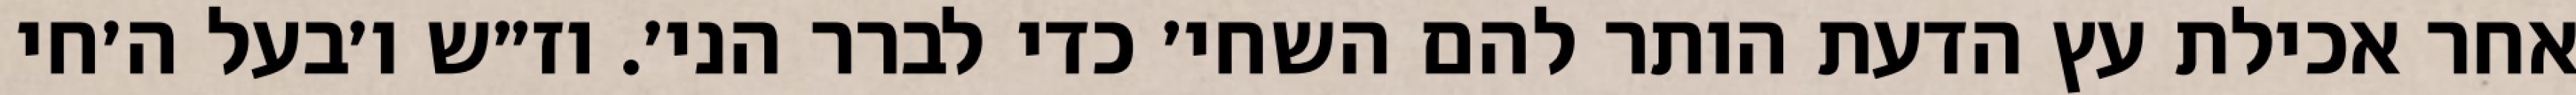
אחר אכילת עץ הדעת הותר להם השחי׳ כדי לברר הני׳. וז״ש ו׳בעל ה׳חי